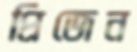
প্রিজেন